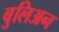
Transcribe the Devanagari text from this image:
बुलिअन